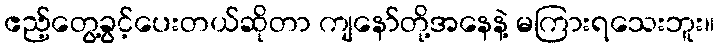
ဧည့်တွေ့ခွင့်ပေးတယ်ဆိုတာ ကျနော်တို့အနေနဲ့ မကြားရသေးဘူး။